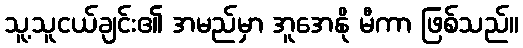
သူ့သူငယ်ချင်း၏ အမည်မှာ အူအေနို မီကာ ဖြစ်သည်။